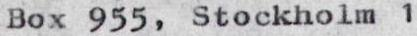
Box 955, Stockholm 1